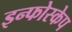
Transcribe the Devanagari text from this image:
इन्फोस्केप